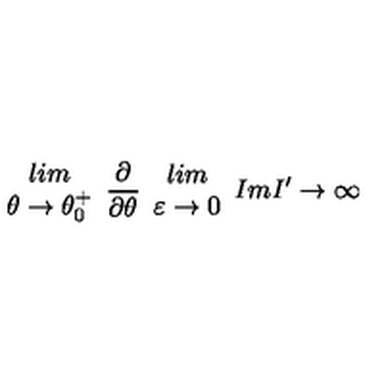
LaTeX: \begin{array} { c } { l i m } \\ { \theta \rightarrow \theta _ { 0 } ^ { + } } \\ \end{array} \frac { \partial } { \partial \theta } \begin{array} { c } { l i m } \\ { \varepsilon \rightarrow 0 } \\ \end{array} I m I ^ { \prime } \rightarrow \infty